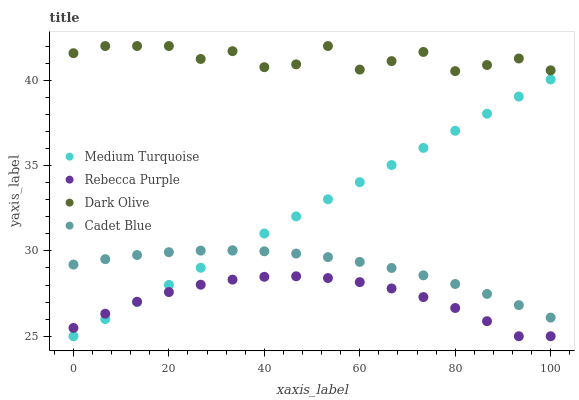
| xaxis_label | Medium Turquoise | Rebecca Purple | Dark Olive | Cadet Blue |
 | --- | --- | --- | --- | --- |
 | 0 | 25 | 25.5 | 41.6 | 29.2 |
 | 6.67 | 26 | 26.3 | 42 | 29.5 |
 | 13.3 | 27 | 27 | 42 | 29.8 |
 | 20 | 28 | 27.6 | 42 | 29.9 |
 | 26.7 | 29 | 28 | 41.2 | 30 |
 | 33.3 | 30 | 28.3 | 41.7 | 30 |
 | 40 | 31 | 28.5 | 40.8 | 30 |
 | 46.7 | 32 | 28.5 | 40.9 | 29.8 |
 | 53.3 | 33 | 28.4 | 42 | 29.6 |
 | 60 | 34 | 28.2 | 40.6 | 29.4 |
 | 66.7 | 35 | 27.8 | 41.1 | 29 |
 | 73.3 | 36 | 27.3 | 41.7 | 28.6 |
 | 80 | 37 | 26.7 | 40.5 | 28.1 |
 | 86.7 | 38 | 25.9 | 40.9 | 27.5 |
 | 93.3 | 39 | 25 | 41.3 | 26.8 |
 | 100 | 40 | 25 | 40.6 | 26.1 |